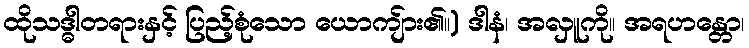
ထိုသဒ္ဓါတရားနှင့် ပြည့်စုံသော ယောကျ်ား၏။) ဒါနံ၊ အလှူကို။ အရဟန္တော၊